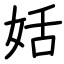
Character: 姡